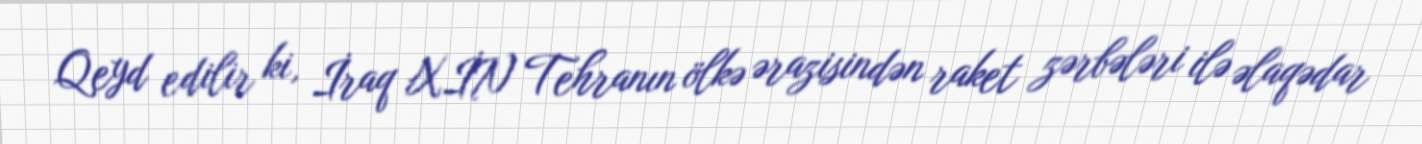
Qeyd edilir ki, İraq XİN Tehranın ölkə ərazisindən raket zərbələri ilə əlaqədar